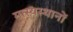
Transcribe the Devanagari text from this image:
मत्स्यस्थानों